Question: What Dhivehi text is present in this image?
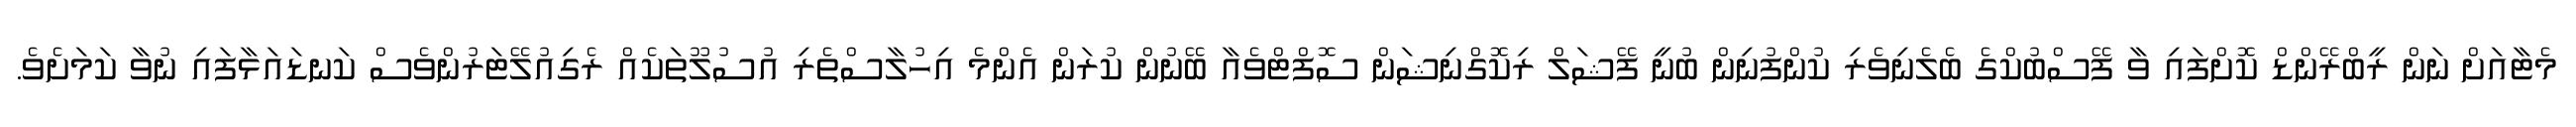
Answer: މެޓާއަށް ނަން ރީބްރޭންޑް ކޮށްފައި ވާ ފޭސްބުކްގެ ބެލެނިވެރި ކުންފުނިން ބުނީ ފޭޝަލް ރިކޮގްނިޝަން ސޮފްޓްވެއާ ބޭނުން ކުރަން އެންމެ އިހުލާސްތެރި އުސުލޫތަކެއް ރެގިއުލޭޓަރުންވެސް ކަނޑައަޅާފައި ނުވާ ކަމަށެވެ.